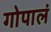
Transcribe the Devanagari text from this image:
गोपालं